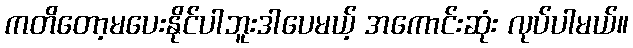
ကတိတော့မပေးနိုင်ပါဘူးဒါပေမယ့် အကောင်းဆုံး လုပ်ပါမယ်။